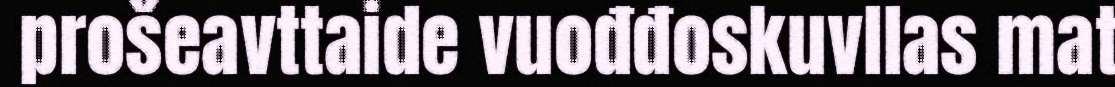
prošeavttaide vuođđoskuvllas mat